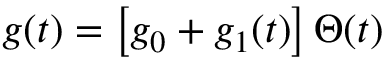
g ( t ) = \big [ g _ { 0 } + g _ { 1 } ( t ) \big ] \, \Theta ( t )